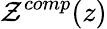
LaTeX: \mathcal{Z}^{comp}(z)